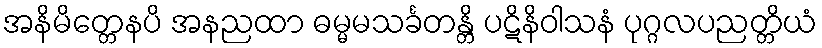
အနိမိတ္တေနပိ အနညထာ ဓမ္မမသင်္ခတန္တိ ပဋိနိဝါသနံ ပုဂ္ဂလပညတ္တိယံ